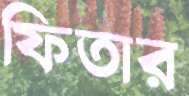
ফিতার